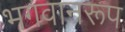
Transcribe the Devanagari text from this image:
भगवानरूप